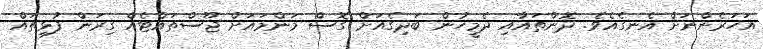
އަހަރެންނަށް އެނގެއެވެ. ދޮންތައާއި ދެމީހުން ބަދިގެއަށް ގޮސް މަންމައަށް ޖޫސްތައްޓެއް ގިރަން ފުޅިތައް